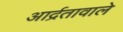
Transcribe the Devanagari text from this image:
आर्द्रतावाले